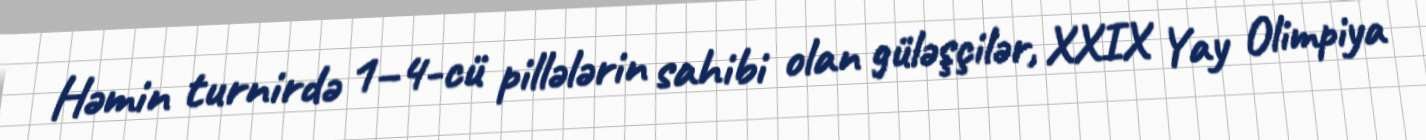
Həmin turnirdə 1–4-cü pillələrin sahibi olan güləşçilər, XXIX Yay Olimpiya